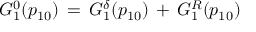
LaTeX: G _ { 1 } ^ { 0 } ( p _ { 1 0 } ) \, = \, G _ { 1 } ^ { \delta } ( p _ { 1 0 } ) \, + \, G _ { 1 } ^ { R } ( p _ { 1 0 } )